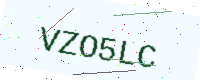
Text: VZO5LC